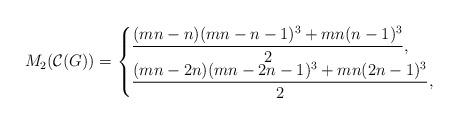
LaTeX: \begin{align*}M_{2}(\mathcal{C}(G))= \begin{cases}\dfrac{(mn-n)(mn-n-1)^{3}+mn(n-1)^{3}}{2}, & \\\dfrac{(mn-2n)(mn-2n-1)^{3}+mn(2n-1)^{3}}{2}, & \end{cases}\end{align*}